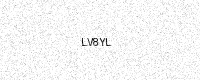
Text: LV8YL